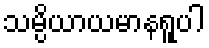
သမ္ပိယာယမာနရူပါ